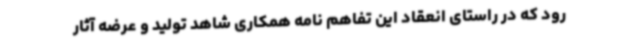
رود که در راستای انعقاد این تفاهم نامه همکاری شاهد تولید و عرضه آثار